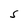
Character: s